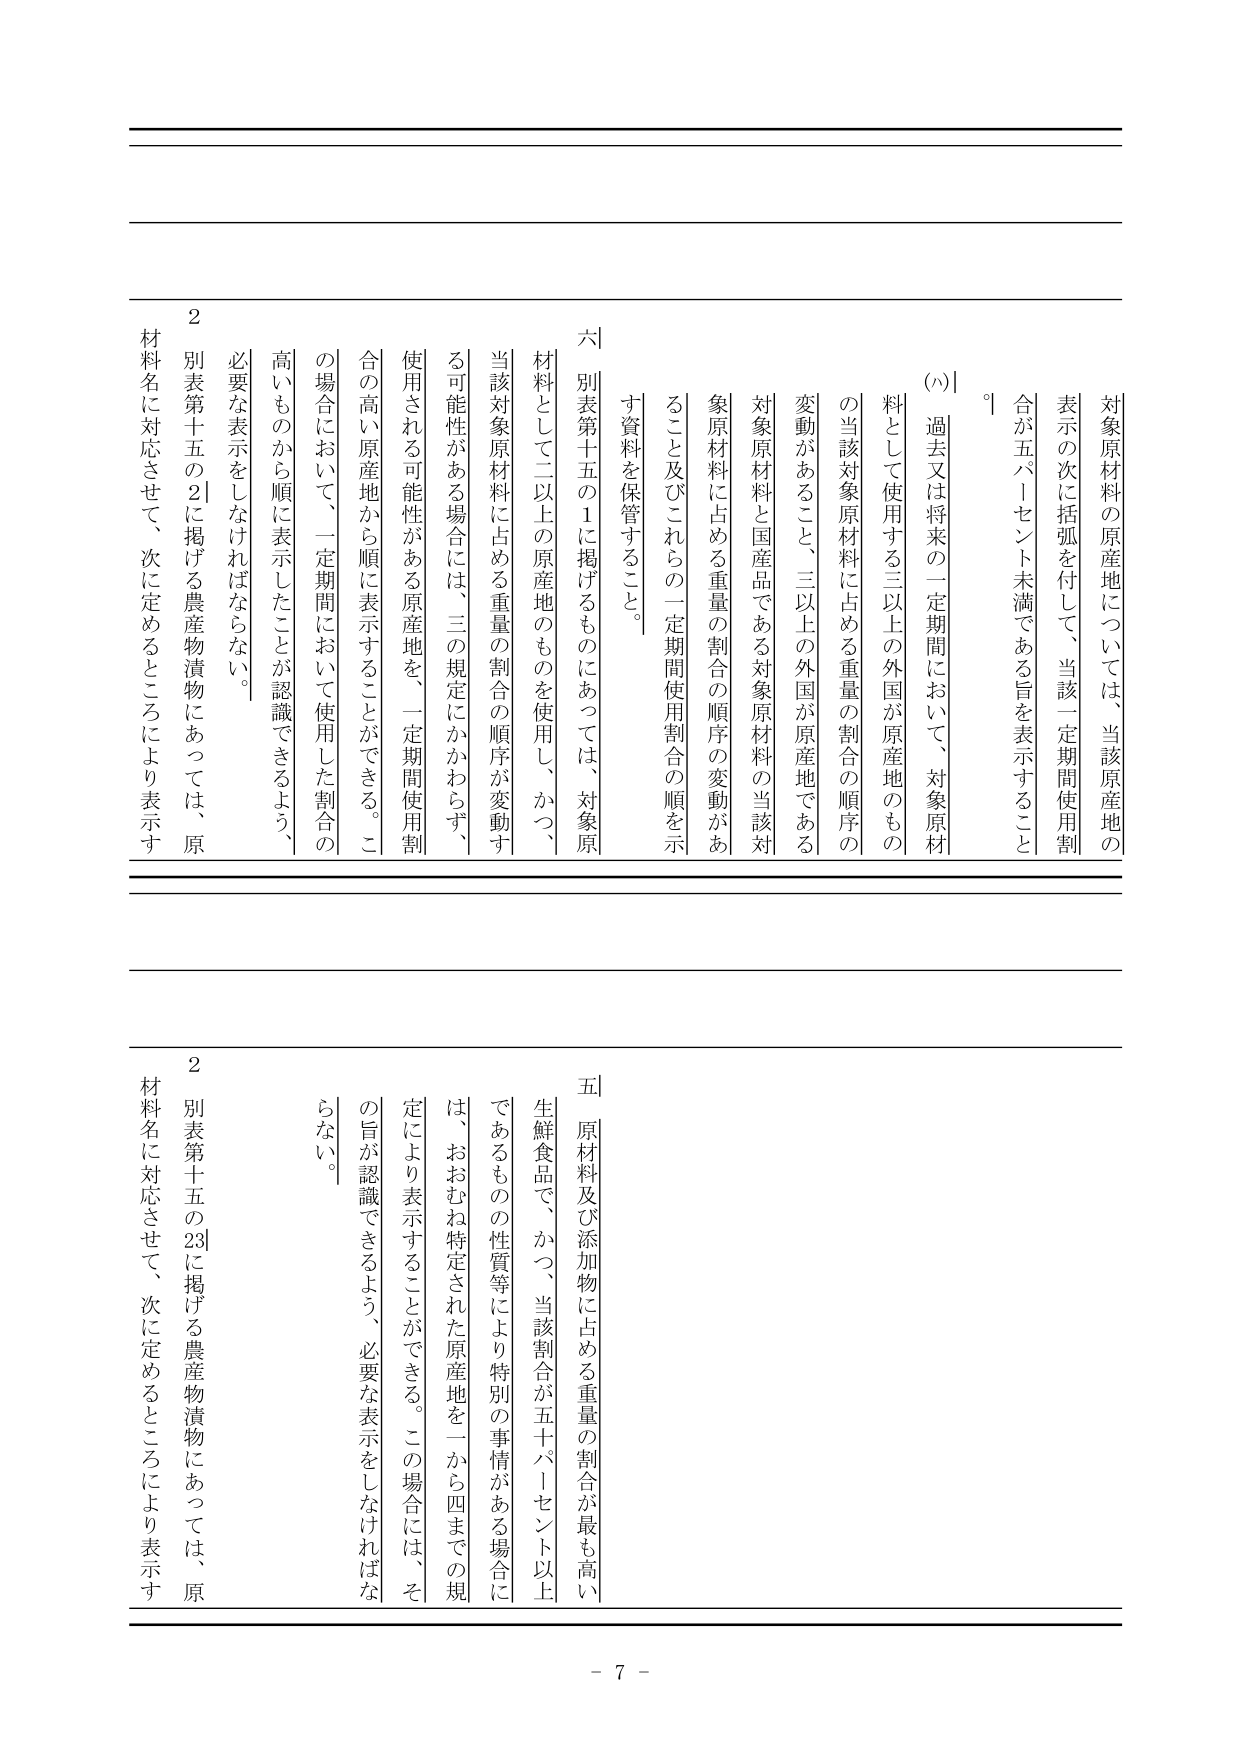
対象原材料の原産地については、当該原産地の
表示の次に括弧を付して、当該一定期間使用割
合が五パーセント未満である旨を表示すること
（ハ）過去又は将来の一定期間において、対象原材
料として使用する三以上の外国が原産地のもの
の当該対象原材料に占める重量の割合の順序の
変動があること、三以上の外国が原産地である
対象原材料と国産品である対象原材料の当該対
象原材料に占める重量の割合の順序の変動があ
ること及びこれらの一定期間使用割合の順を示
す資料を保管すること。
六 別表第十五の1に掲げるものにあっては、対象原
材料として二以上の原産地のものを使用し、かつ、
当該対象原材料に占める重量の割合の順序が変動す
る可能性がある場合には、三の規定にかかわらず、
使用される可能性がある原産地を、一定期間使用割
合の高い原産地から順に表示することができる。こ
の場合において、一定期間において使用した割合の
高いものから順に表示したことが認識できるよう、
必要な表示をしなければならない。
別表第十五の2に掲げる農産物漬物にあっては、原
材料名に対応させて、次に定めるところにより表示す
2
五 原材料及び添加物に占める重量の割合が最も高い
生鮮食品で、かつ、当該割合が五十パーセント以上
であるものの性質等により特別の事情がある場合に
は、おおむね特定された原産地を一から四までの規
定により表示することができる。この場合には、そ
の旨が認識できるよう、必要な表示をしなければな
らない。
別表第十五の23に掲げる農産物漬物にあっては、原
材料名に対応させて、次に定めるところにより表示す
2
- 7 -